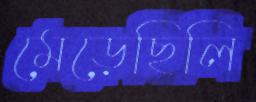
মেড়েছিলি